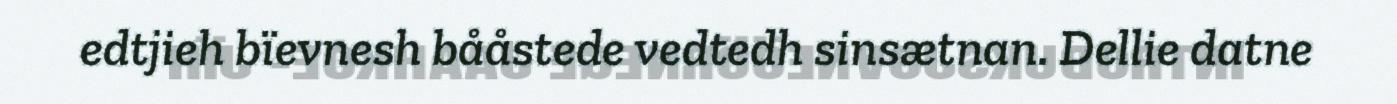
edtjieh bïevnesh bååstede vedtedh sinsætnan. Dellie datne